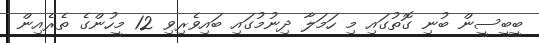
ބީބީސީން ބުނި ގޮތުގައި މި ހަމަލާ ދިނުމުގައި ބައިވެރިވި 12 މީހުންގެ ތެރެއިން